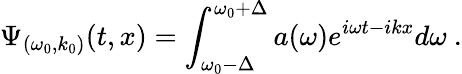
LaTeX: \Psi_{(\omega_{0},k_{0})}(t,x)=\int_{\omega_{0}-\Delta}^{\omega_{0}+\Delta}a(\omega)e^{i\omega t-ikx}d\omega~.